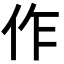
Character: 作